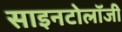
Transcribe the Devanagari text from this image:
साइनटोलॉजी